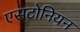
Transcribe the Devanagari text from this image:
एसटोनियन